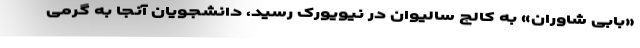
«بابی شاوران» به کالج سالیوان در نیویورک رسید، دانشجویان آنجا به گرمی